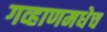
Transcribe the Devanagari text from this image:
गव्हाणमधेच